Vaccination report Assam 1896-1927 - 1896-1927
Year: 1896
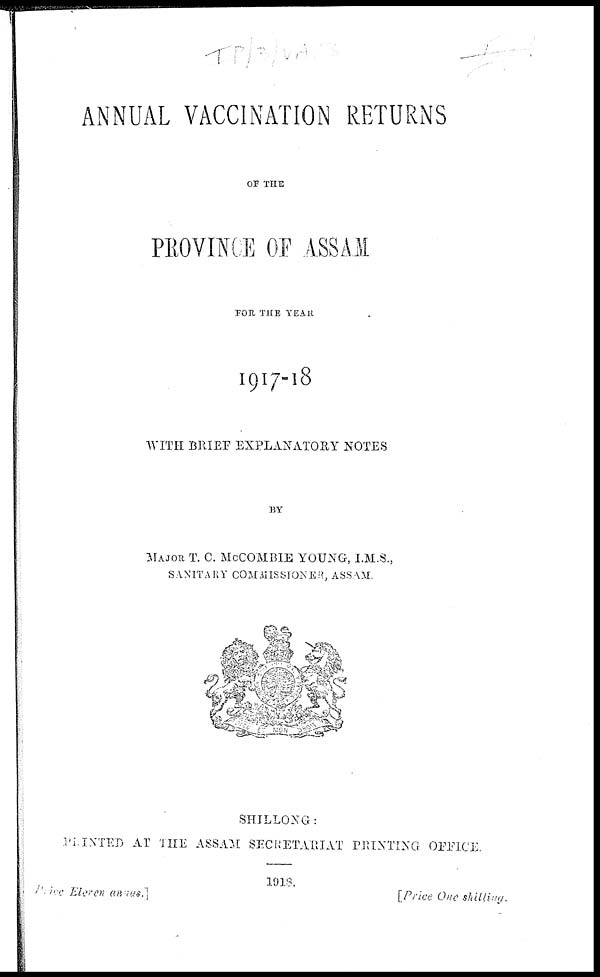
ANNUAL VACCINATION RETURNS
OF THE
PROVINCE OF ASSAM
FOR THE YEAR
1917-18
WITH BRIEF EXPLANATORY NOTES
BY
MAJOR T. C. MCCOMBIE YOUNG, I.M.S.,
SANITARY COMMISSIONER, ASSAM.
SHILLONG:
PRINTED AT THE ASSAM SECRETARIAT PRINTING OFFICE.
1918.
Price Eleven annas.]
[Price One shilling.